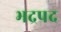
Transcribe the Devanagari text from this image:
भद्रपद